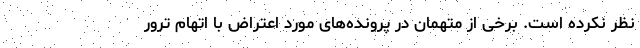
نظر نکرده است. برخی از متهمان در پرونده‌های مورد اعتراض با اتهام ترور